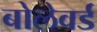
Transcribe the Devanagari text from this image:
बोलेवर्ड